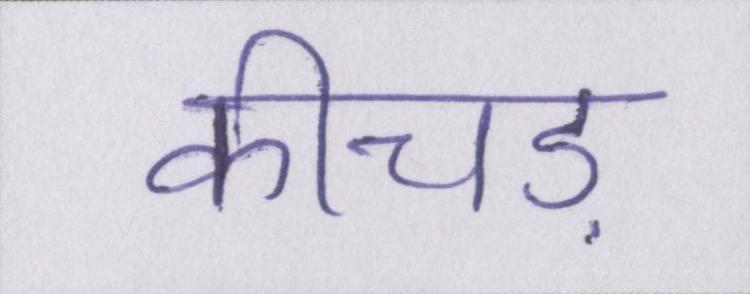
कीचड़